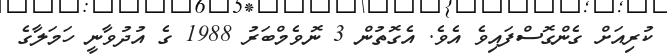
ކުރިއަށް ގެންގޮސްފައިވެ އެވެ. އެގޮތުން 3 ނޮވެމްބަރު 1988 ގެ އުދުވާނީ ހަމަލާގެ